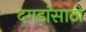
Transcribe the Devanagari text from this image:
दगडांसाठी